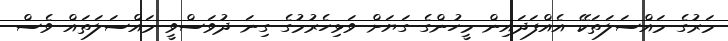
މަރުގެ މައްސަލަތަކޭ އެއްފަދައިން މީހުންގެ ގަޔަށް ވަޅިހެރުމުގެ ގިނަ ދުވަސްވީ މައްސަލަތައް ވެސް